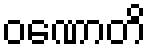
ဝဏောတိ